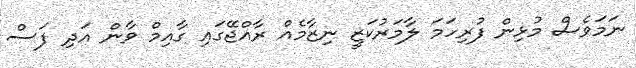
ނަމަވެސް މުޅިން ފުރިހަމަ ލާމަރުކަޒީ ނިޒާމެއް ރާއްޖޭގައި ގާއިމް ވާން އަދި ފަސް